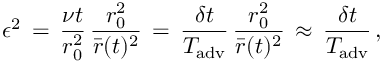
\epsilon ^ { 2 } \, = \, \frac { \nu t } { r _ { 0 } ^ { 2 } } \, \frac { r _ { 0 } ^ { 2 } } { \bar { r } ( t ) ^ { 2 } } \, = \, \frac { \delta t } { T _ { \mathrm { a d v } } } \, \frac { r _ { 0 } ^ { 2 } } { \bar { r } ( t ) ^ { 2 } } \, \approx \, \frac { \delta t } { T _ { \mathrm { a d v } } } \, ,